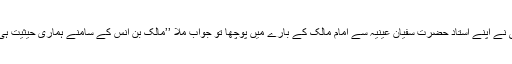
امام شافعیؒ نے اپنے استاد حضرت سفیان عینیہؒ سے امام مالکؒ کے بارے میں پوچھا تو جواب ملا ’’مالک بن انسؓ کے سامنے ہماری حیثیت ہی کیا ہے ؟